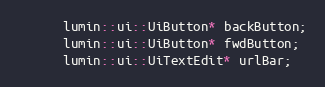
Language: C
      lumin::ui::UiButton* backButton;
      lumin::ui::UiButton* fwdButton;
      lumin::ui::UiTextEdit* urlBar;